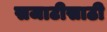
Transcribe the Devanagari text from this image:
सजाटीसाठी